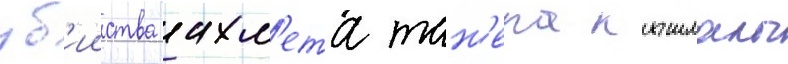
уб'ииства ахм'ета тан'ера кышлалы